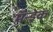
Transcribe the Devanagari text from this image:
मॅन्ड्रेक